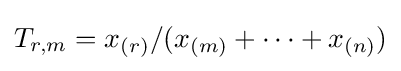
T_{r,m}=x_{(r)}/(x_{(m)}+\cdots +x_{(n)})